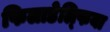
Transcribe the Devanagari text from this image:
फिलाडेल्‍फिया